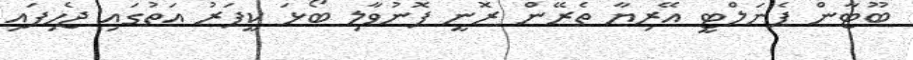
ބޫޓާން ޕެނަލްޓީ އޭރިޔާ ތެރޭން ރޮނީ ފޮނުވާލި ބޯޅަ ކީޕަރު އަތުގައި ޖެހިފައި